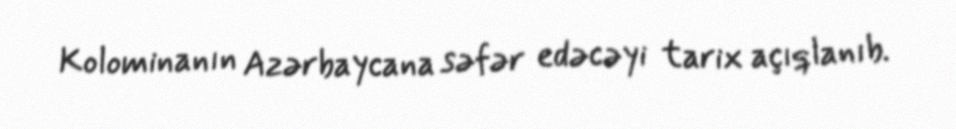
Kolominanın Azərbaycana səfər edəcəyi tarix açıqlanıb.